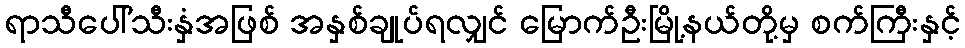
ရာသီပေါ်သီးနှံအဖြစ် အနှစ်ချုပ်ရလျှင် မြောက်ဦးမြို့နယ်တို့မှ စက်ကြီးနှင့်